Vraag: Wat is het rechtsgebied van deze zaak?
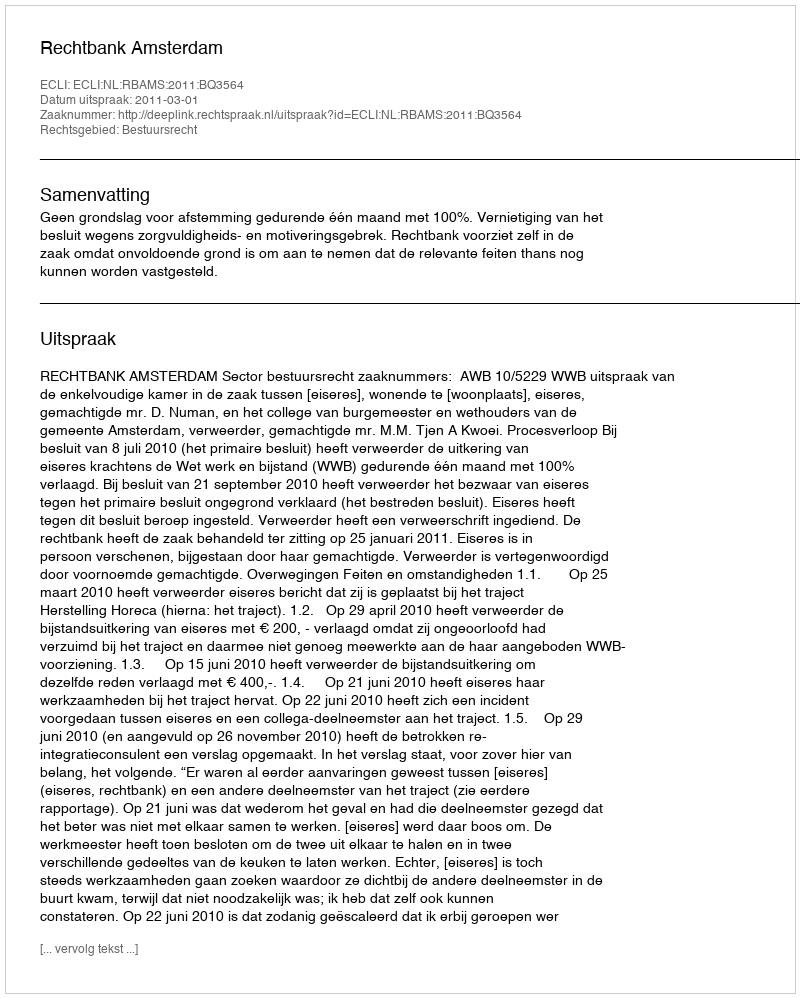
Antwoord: Bestuursrecht